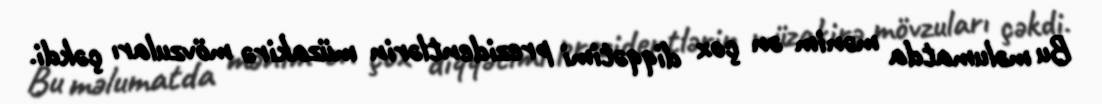
Bu məlumatda mənim ən çox diqqətimi prezidentlərin müzakirə mövzuları çəkdi.